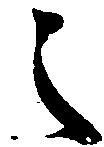
之